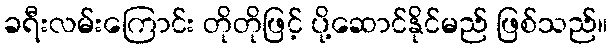
ခရီးလမ်းကြောင်း တိုတိုဖြင့် ပို့ဆောင်နိုင်မည် ဖြစ်သည်။